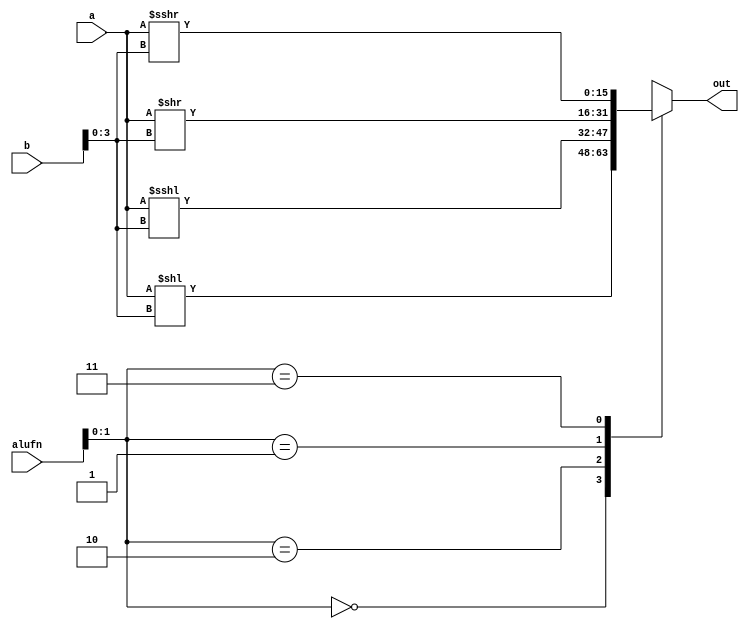
/*
   This file was generated automatically by Alchitry Labs version 1.2.7.
   Do not edit this file directly. Instead edit the original Lucid source.
   This is a temporary file and any changes made to it will be destroyed.
*/

module shifter_16_11 (
    input [15:0] a,
    input [15:0] b,
    input [5:0] alufn,
    output reg [15:0] out
  );
  
  
  
  always @* begin
    
    case (alufn[0+1-:2])
      default: begin
        out = a;
      end
      2'h0: begin
        out = a << b[0+3-:4];
      end
      2'h2: begin
        out = $signed(a) <<< b[0+3-:4];
      end
      2'h1: begin
        out = a >> b[0+3-:4];
      end
      2'h3: begin
        out = $signed(a) >>> b[0+3-:4];
      end
    endcase
  end
endmodule